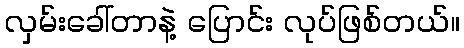
လှမ်းခေါ်တာနဲ့ ပြောင်း လုပ်ဖြစ်တယ်။